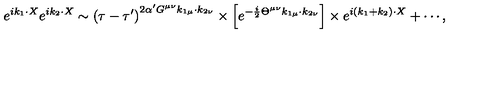
e ^ { i k _ { 1 } \cdot X } e ^ { i k _ { 2 } \cdot X } \sim \left( \tau - \tau ^ { \prime } \right) ^ { 2 \alpha ^ { \prime } G ^ { \mu \nu } k _ { 1 \mu } \cdot k _ { 2 \nu } } \times \left[ e ^ { - \frac { i } { 2 } \Theta ^ { \mu \nu } k _ { 1 \mu } \cdot k _ { 2 \nu } } \right] \times e ^ { i \left( k _ { 1 } + k _ { 2 } \right) \cdot X } + \cdots ,